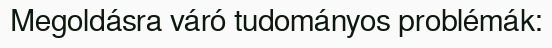
Megoldásra váró tudományos problémák: